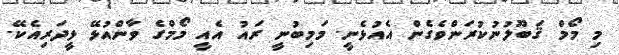
މި މޯމް ޤަބޫލުނުކުރަންވެގެން އެއުޅެނީ. މަމިބުނީ ރައު އެއީ މޯމްގެ ވާންއުޅޭ ޅީދަރިއެކޭ.